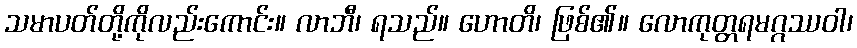
သမာပတ်တို့ကိုလည်းကောင်း။ လာဘီ၊ ရသည်။ ဟောတိ၊ ဖြစ်၏။ လောကုတ္တရမဂ္ဂဿဝါ၊